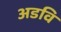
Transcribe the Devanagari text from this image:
अडवि